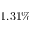
1 . 3 1 \%